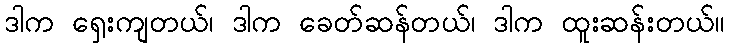
ဒါက ရှေးကျတယ်၊ ဒါက ခေတ်ဆန်တယ်၊ ဒါက ထူးဆန်းတယ်။